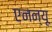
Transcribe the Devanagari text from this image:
एनन्यू